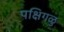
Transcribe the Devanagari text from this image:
पक्षिगळु